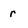
Character: r